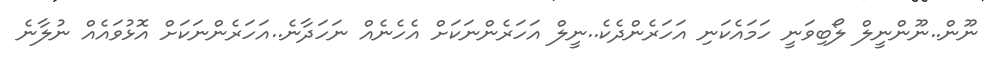
ނޫން..ނޫންނީލް ލޯބިވަނީ ހަމައެކަނި އަހަރެންދެކެ..ނީލް އަހަރެންނަކަށް އެހެނެއް ނަހަދާނެ..އަހަރެންނަކަށް އޮޅުވައެއް ނުލާނެ